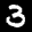
Label: 3